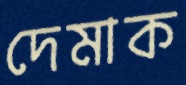
দেমাক